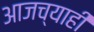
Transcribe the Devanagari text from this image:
आजच्याही